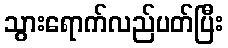
သွားရောက်လည်ပတ်ပြီး